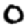
Digit: 0